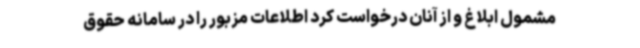
مشمول ابلاغ و از آنان درخواست کرد اطلاعات مزبور را در سامانه حقوق